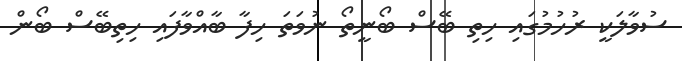
ސުވާލަކީ ރުހުމުގައި ހިތި ބޭސް ބޯނީތޯ ނުވަތަ ހިފާ ބާއްވާފައި ހިތިބޭސް ބޯން